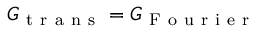
G _ { \mathrm { ~ t ~ r ~ a ~ n ~ s ~ } } = G _ { \mathrm { ~ F ~ o ~ u ~ r ~ i ~ e ~ r ~ } }